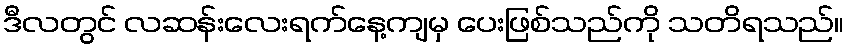
ဒီလတွင် လဆန်းလေးရက်နေ့ကျမှ ပေးဖြစ်သည်ကို သတိရသည်။